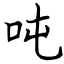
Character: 吨